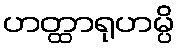
ဟတ္ထာရုဟမ္ပိ